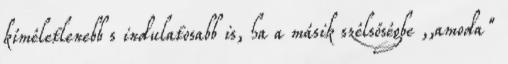
kíméletlenebb s indulatosabb is, ha a másik szélsőségbe ,,amoda"